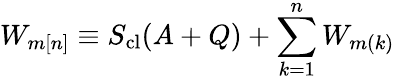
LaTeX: W_{m[n]}\equiv S_{\mathrm{cl}}(A+Q)+\sum_{k=1}^{n}W_{m(k)}